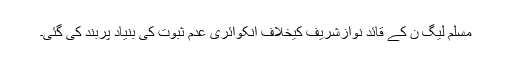
مسلم لیگ ن کے قائد نوازشریف کیخلاف انکوائری عدم ثبوت کی بنیاد پربند کی گئی۔